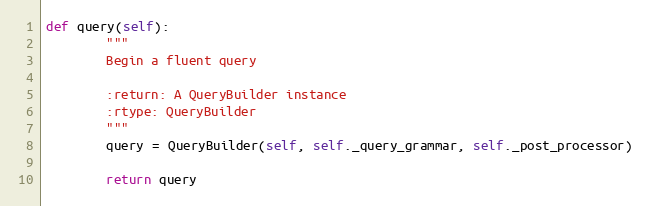
Language: Python
def query(self):
        """
        Begin a fluent query

        :return: A QueryBuilder instance
        :rtype: QueryBuilder
        """
        query = QueryBuilder(self, self._query_grammar, self._post_processor)

        return query